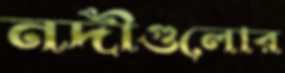
নদীগুলোর